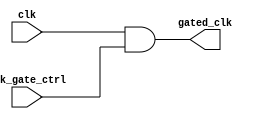
module clk_gating_cell (
    input wire clk,                     // Main clock input
    input wire clk_gate_ctrl,           // Clock gating control signal
    output wire gated_clk               // Gated clock output
);
    // Internal signal for gated clock
    wire clk_n; // Inverted clock

    // Generate gated clock using AND operation
    assign gated_clk = clk & clk_gate_ctrl;

endmodule